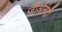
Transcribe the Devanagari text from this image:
जीओमेट्री